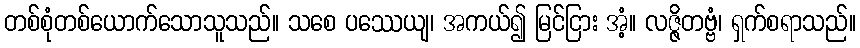
တစ်စုံတစ်ယောက်သောသူသည်။ သစေ ပဿေယျ၊ အကယ်၍ မြင်ငြား အံ့။ လဇ္ဇိတဗ္ဗံ၊ ရှက်စရာသည်။